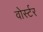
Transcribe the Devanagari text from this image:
वोर्स्टर